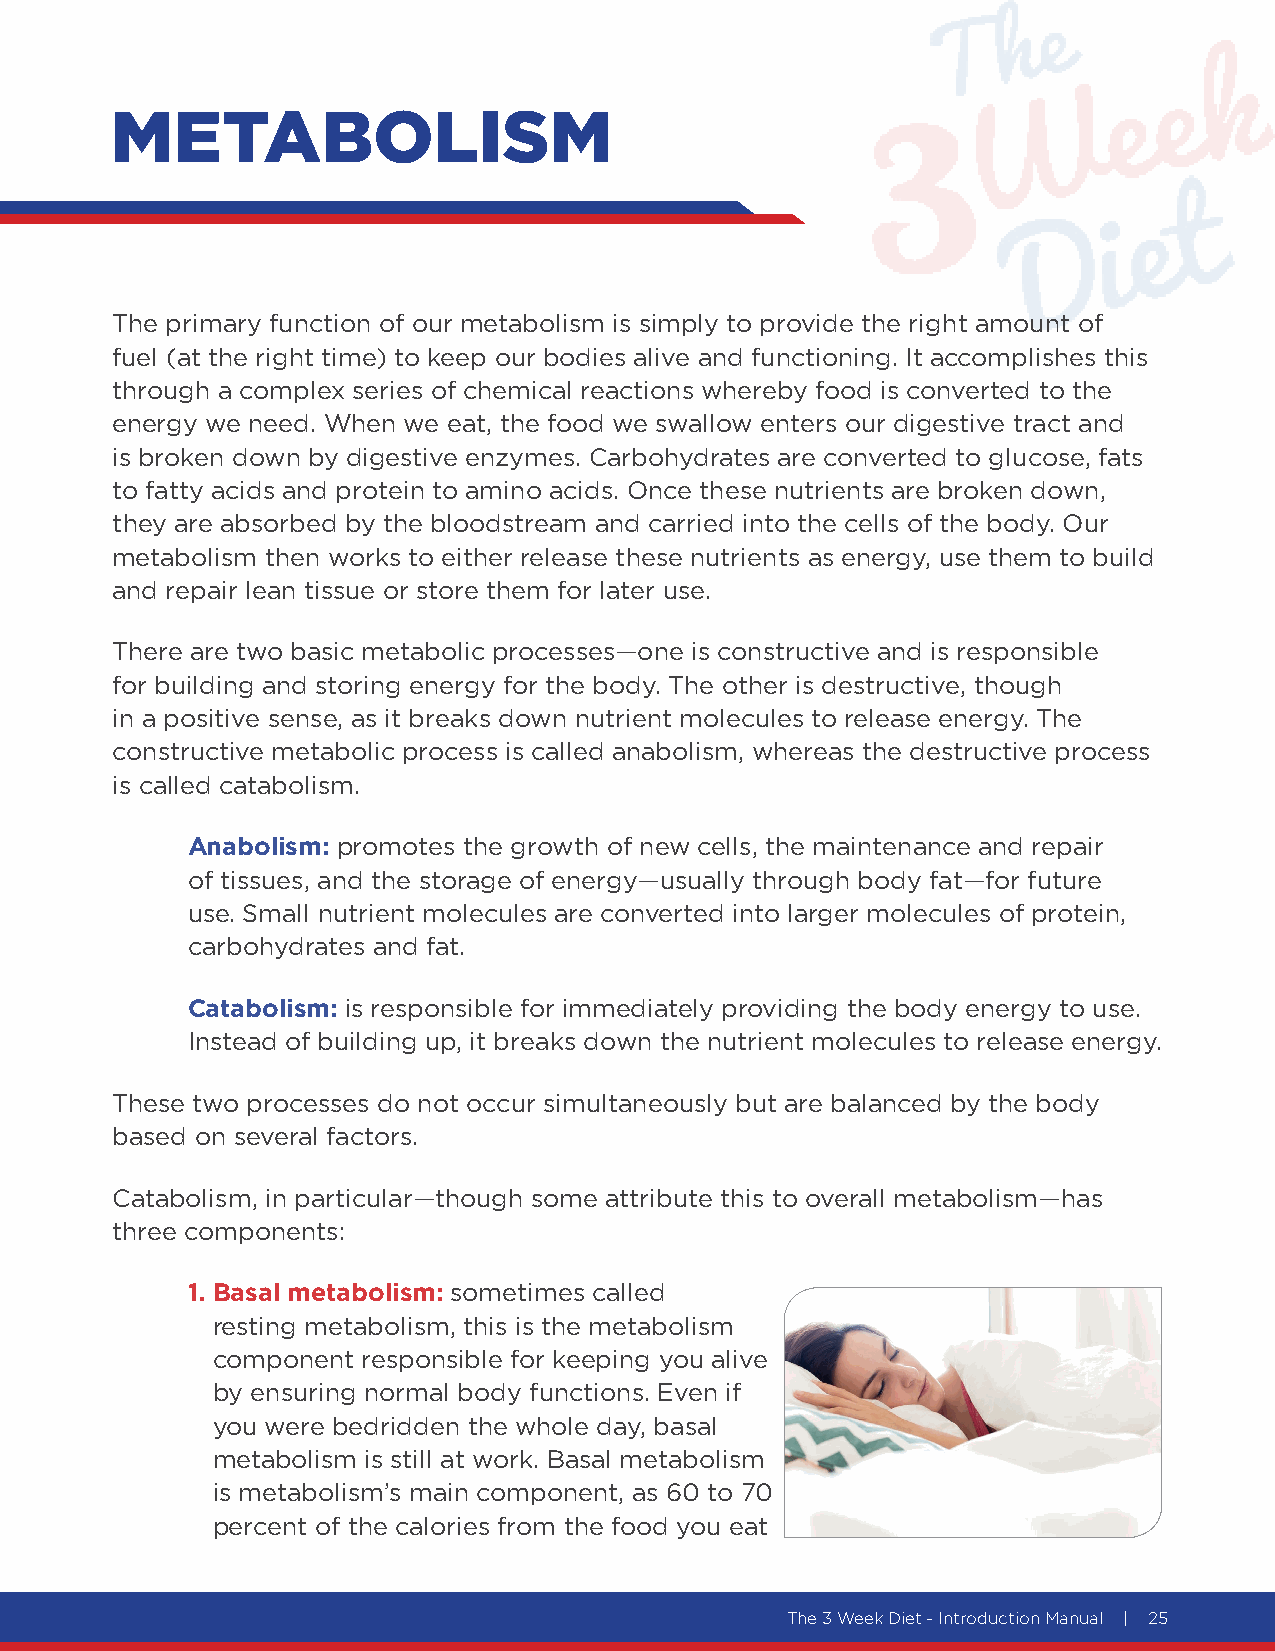
METABOLISM
 The primary function of our metabolism is simply to provide the right amount of
 fuel (at the right time) to keep our bodies alive and functioning. It accomplishes this
 through a complex series of chemical reactions whereby food is converted to the
 energy we need. When we eat, the food we swallow enters our digestive tract and
 is broken down by digestive enzymes. Carbohydrates are converted to glucose, fats
 to fatty acids and protein to amino acids. Once these nutrients are broken down,
 they are absorbed by the bloodstream and carried into the cells of the body. Our
 metabolism then works to either release these nutrients as energy, use them to build
 and repair lean tissue or store them for later use.
 There are two basic metabolic processes—one is constructive and is responsible
 for building and storing energy for the body. The other is destructive, though
 in a positive sense, as it breaks down nutrient molecules to release energy. The
 constructive metabolic process is called anabolism, whereas the destructive process
 is called catabolism.
 Anabolism: promotes the growth of new cells, the maintenance and repair
 of tissues, and the storage of energy—usually through body fat—for future
 use. Small nutrient molecules are converted into larger molecules of protein,
 carbohydrates and fat.
 Catabolism: is responsible for immediately providing the body energy to use.
 Instead of building up, it breaks down the nutrient molecules to release energy.
 These two processes do not occur simultaneously but are balanced by the body
 based on several factors.
 Catabolism, in particular—though some attribute this to overall metabolism—has
 three components:
 1. Basal metabolism: sometimes called
 resting metabolism, this is the metabolism
 component responsible for keeping you alive
 by ensuring normal body functions. Even if
 you were bedridden the whole day, basal
 metabolism is still at work. Basal metabolism
 is metabolism’s main component, as 60 to 70
 percent of the calories from the food you eat
 The 3 Week Diet - Introduction Manual | 25